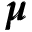
\pmb { \mu }